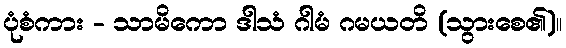
ပုံစံကား - သာမိကော ဒါသံ ဂါမံ ဂမယတိ (သွားစေ၏)။